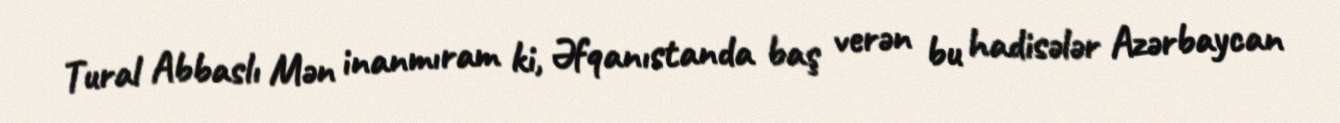
Tural Abbaslı Mən inanmıram ki, Əfqanıstanda baş verən bu hadisələr Azərbaycan